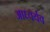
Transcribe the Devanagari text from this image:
आघ्वर्यव